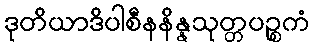
ဒုတိယာဒိပါစီနနိန္နသုတ္တပဉ္စကံ